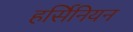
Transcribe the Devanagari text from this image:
हर्सिनियन